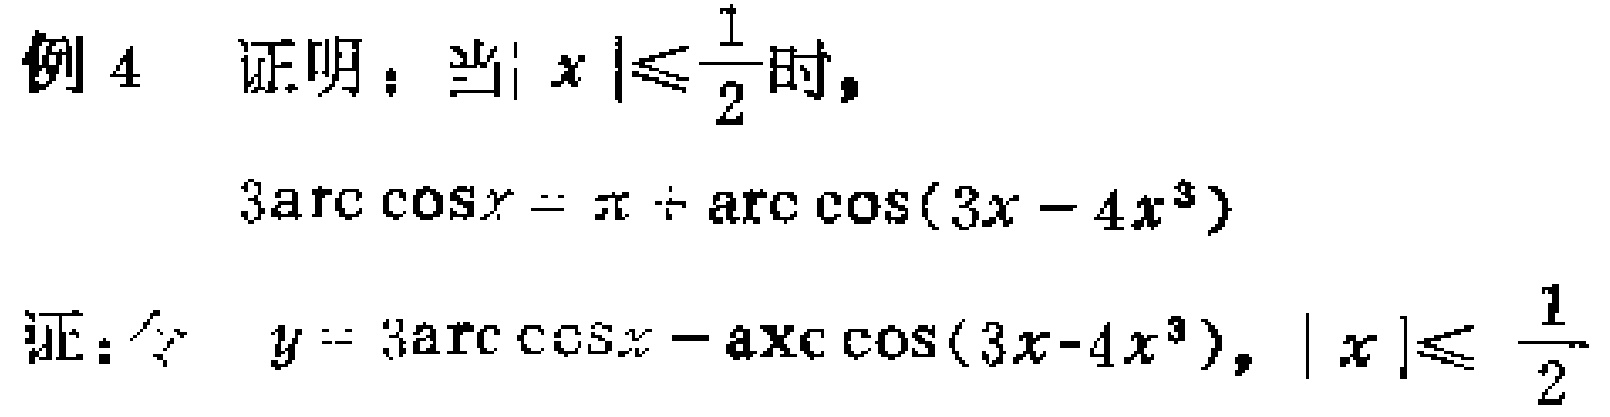
例 4 证明：当\(\vert x\vert\leqslant\frac{1}{2}\)时，
\[
3\arccos x=\pi + \arccos(3x - 4x^{3})
\]
证：令 \(y = 3\arccos x-\arccos(3x - 4x^{3})\)，\(\vert x\vert\leqslant\frac{1}{2}\)